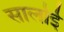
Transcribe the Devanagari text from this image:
सालोई